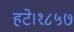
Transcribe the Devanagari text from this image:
हटे।१८५७